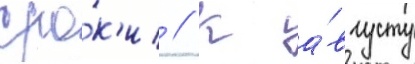
сро́к'и // К а́вгусту